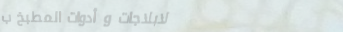
لابلاجات و أدوات المطبخ ب